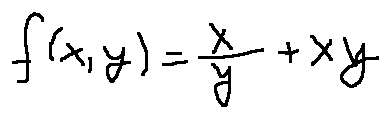
f ( x , y ) = \frac { x } { y } + x y